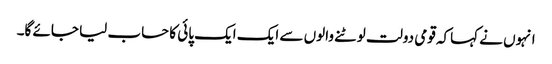
انہوں نے کہاکہ قومی دولت لوٹنے والوں سے ایک ایک پائی کا حساب لیا جائے گا۔